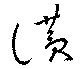
讃